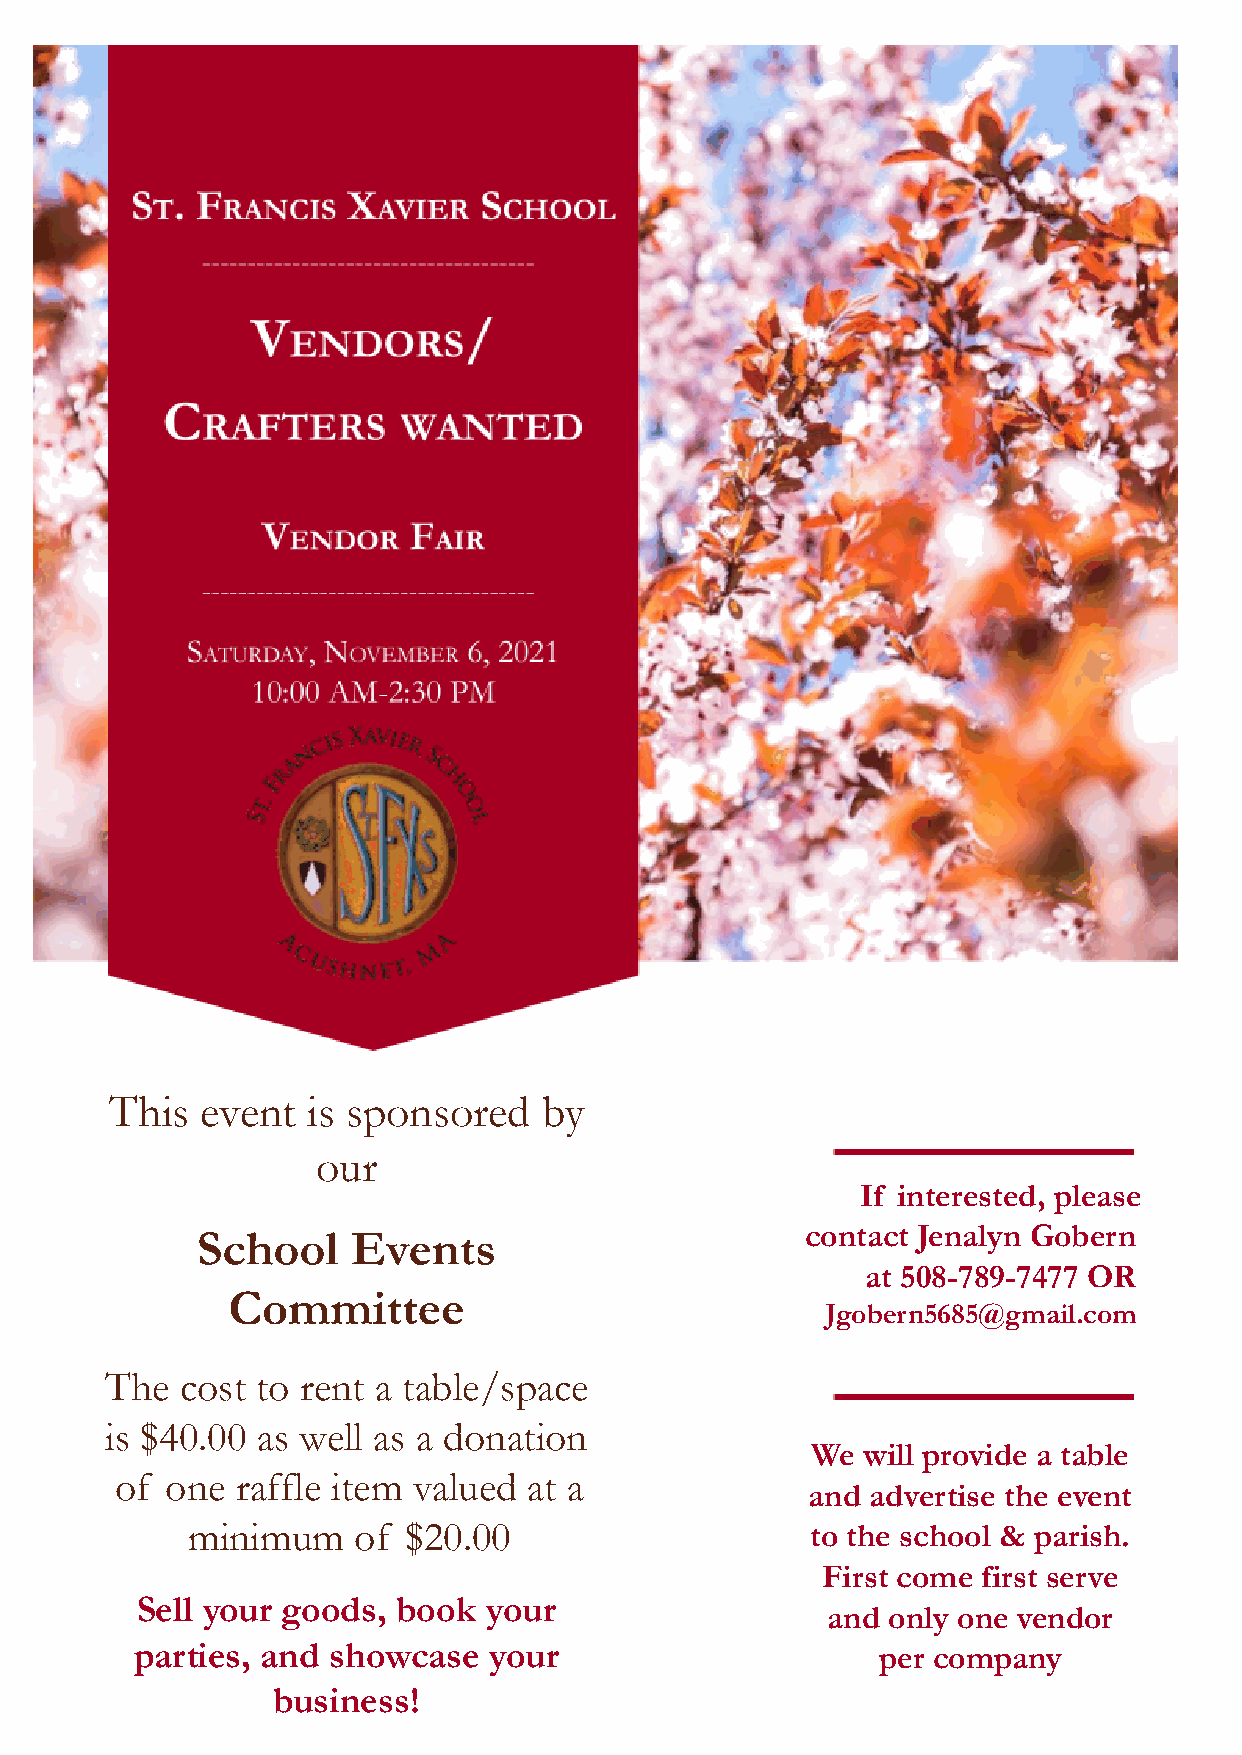
This  event  is sponsored    by
 our
 If interested, please
 School    Events                        contact Jenalyn Gobern
 at 508-789-7477 OR
 Committee
 Jgobern5685@gmail.com
 The  cost to rent a table/space
 is $40.00 as well as a donation
 We will provide a table
 of one  raffle item valued at a
 and advertise the event
 minimum    of  $20.00                     to the school & parish.
 First come first serve
 Sell your goods, book  your
 and only one vendor
 parties, and showcase  your                      per company
 business!